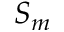
S _ { m }